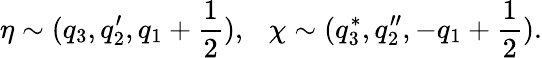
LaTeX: \eta\sim(q_{3},q_{2}^{\prime},q_{1}+{\frac{1}{2}}),~~~\chi\sim(q_{3}^{*},q_{2}^{\prime\prime},-q_{1}+{\frac{1}{2}}).